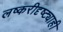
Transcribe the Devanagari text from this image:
लष्करीदृष्ट्याही